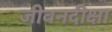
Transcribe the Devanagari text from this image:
जीवनदीक्षा